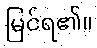
မြင်ရ၏။